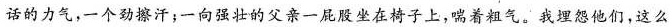
话的力气，一个劲擦汗；一向强壮的父亲一屁股坐在椅子上，喘着粗气。我埋怨他们，这么